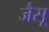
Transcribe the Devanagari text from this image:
जैसू